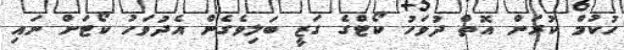
ހުކުމް ކުރަން އޮތް ދުވަހު ކޯޓްގެ ގަޒީ ބަލިވެެގެން އެދުވަހު ކޯޓަށް ނައި